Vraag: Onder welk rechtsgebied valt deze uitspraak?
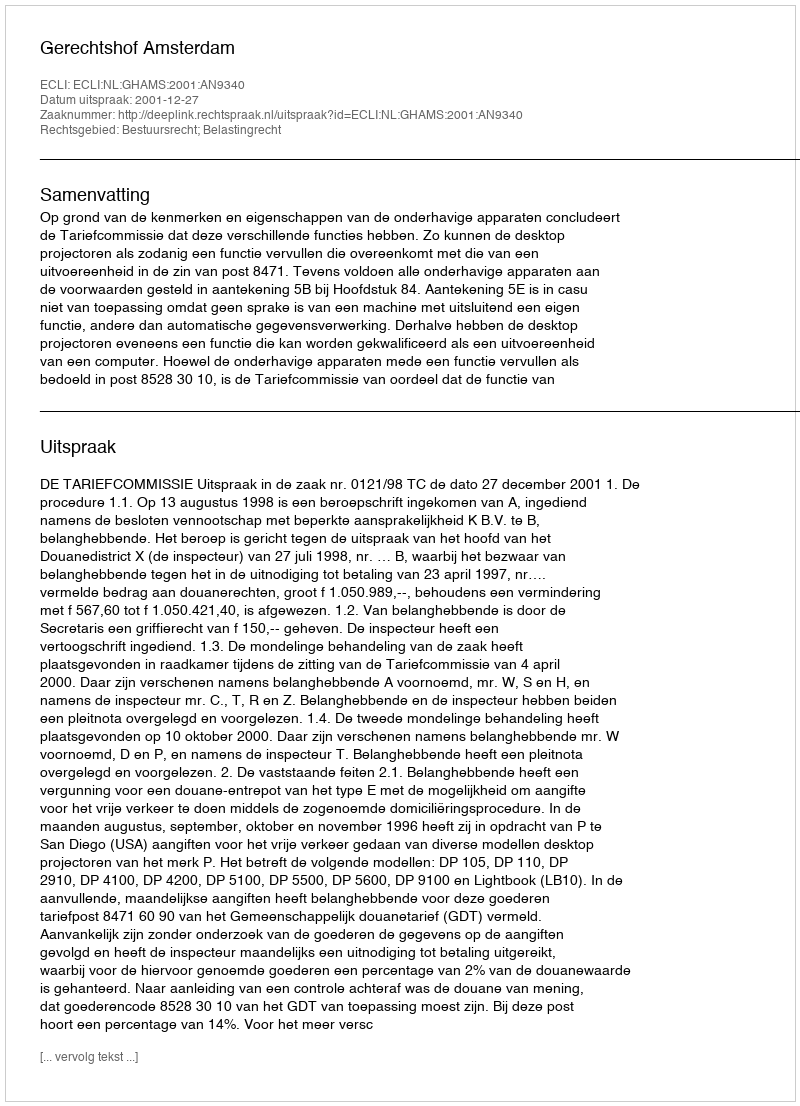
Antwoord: Bestuursrecht; Belastingrecht